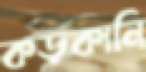
কড়কানি